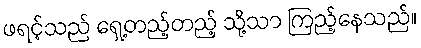
ဖရင့်သည် ရှေ့တည့်တည့် သို့သာ ကြည့်နေသည်။